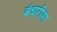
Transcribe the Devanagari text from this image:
बंधारीया